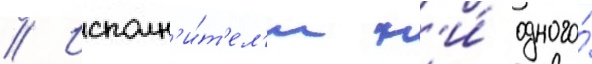
// Исполн'и́т'ел'и н'и́ одного́